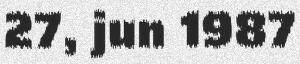
27, jun 1987